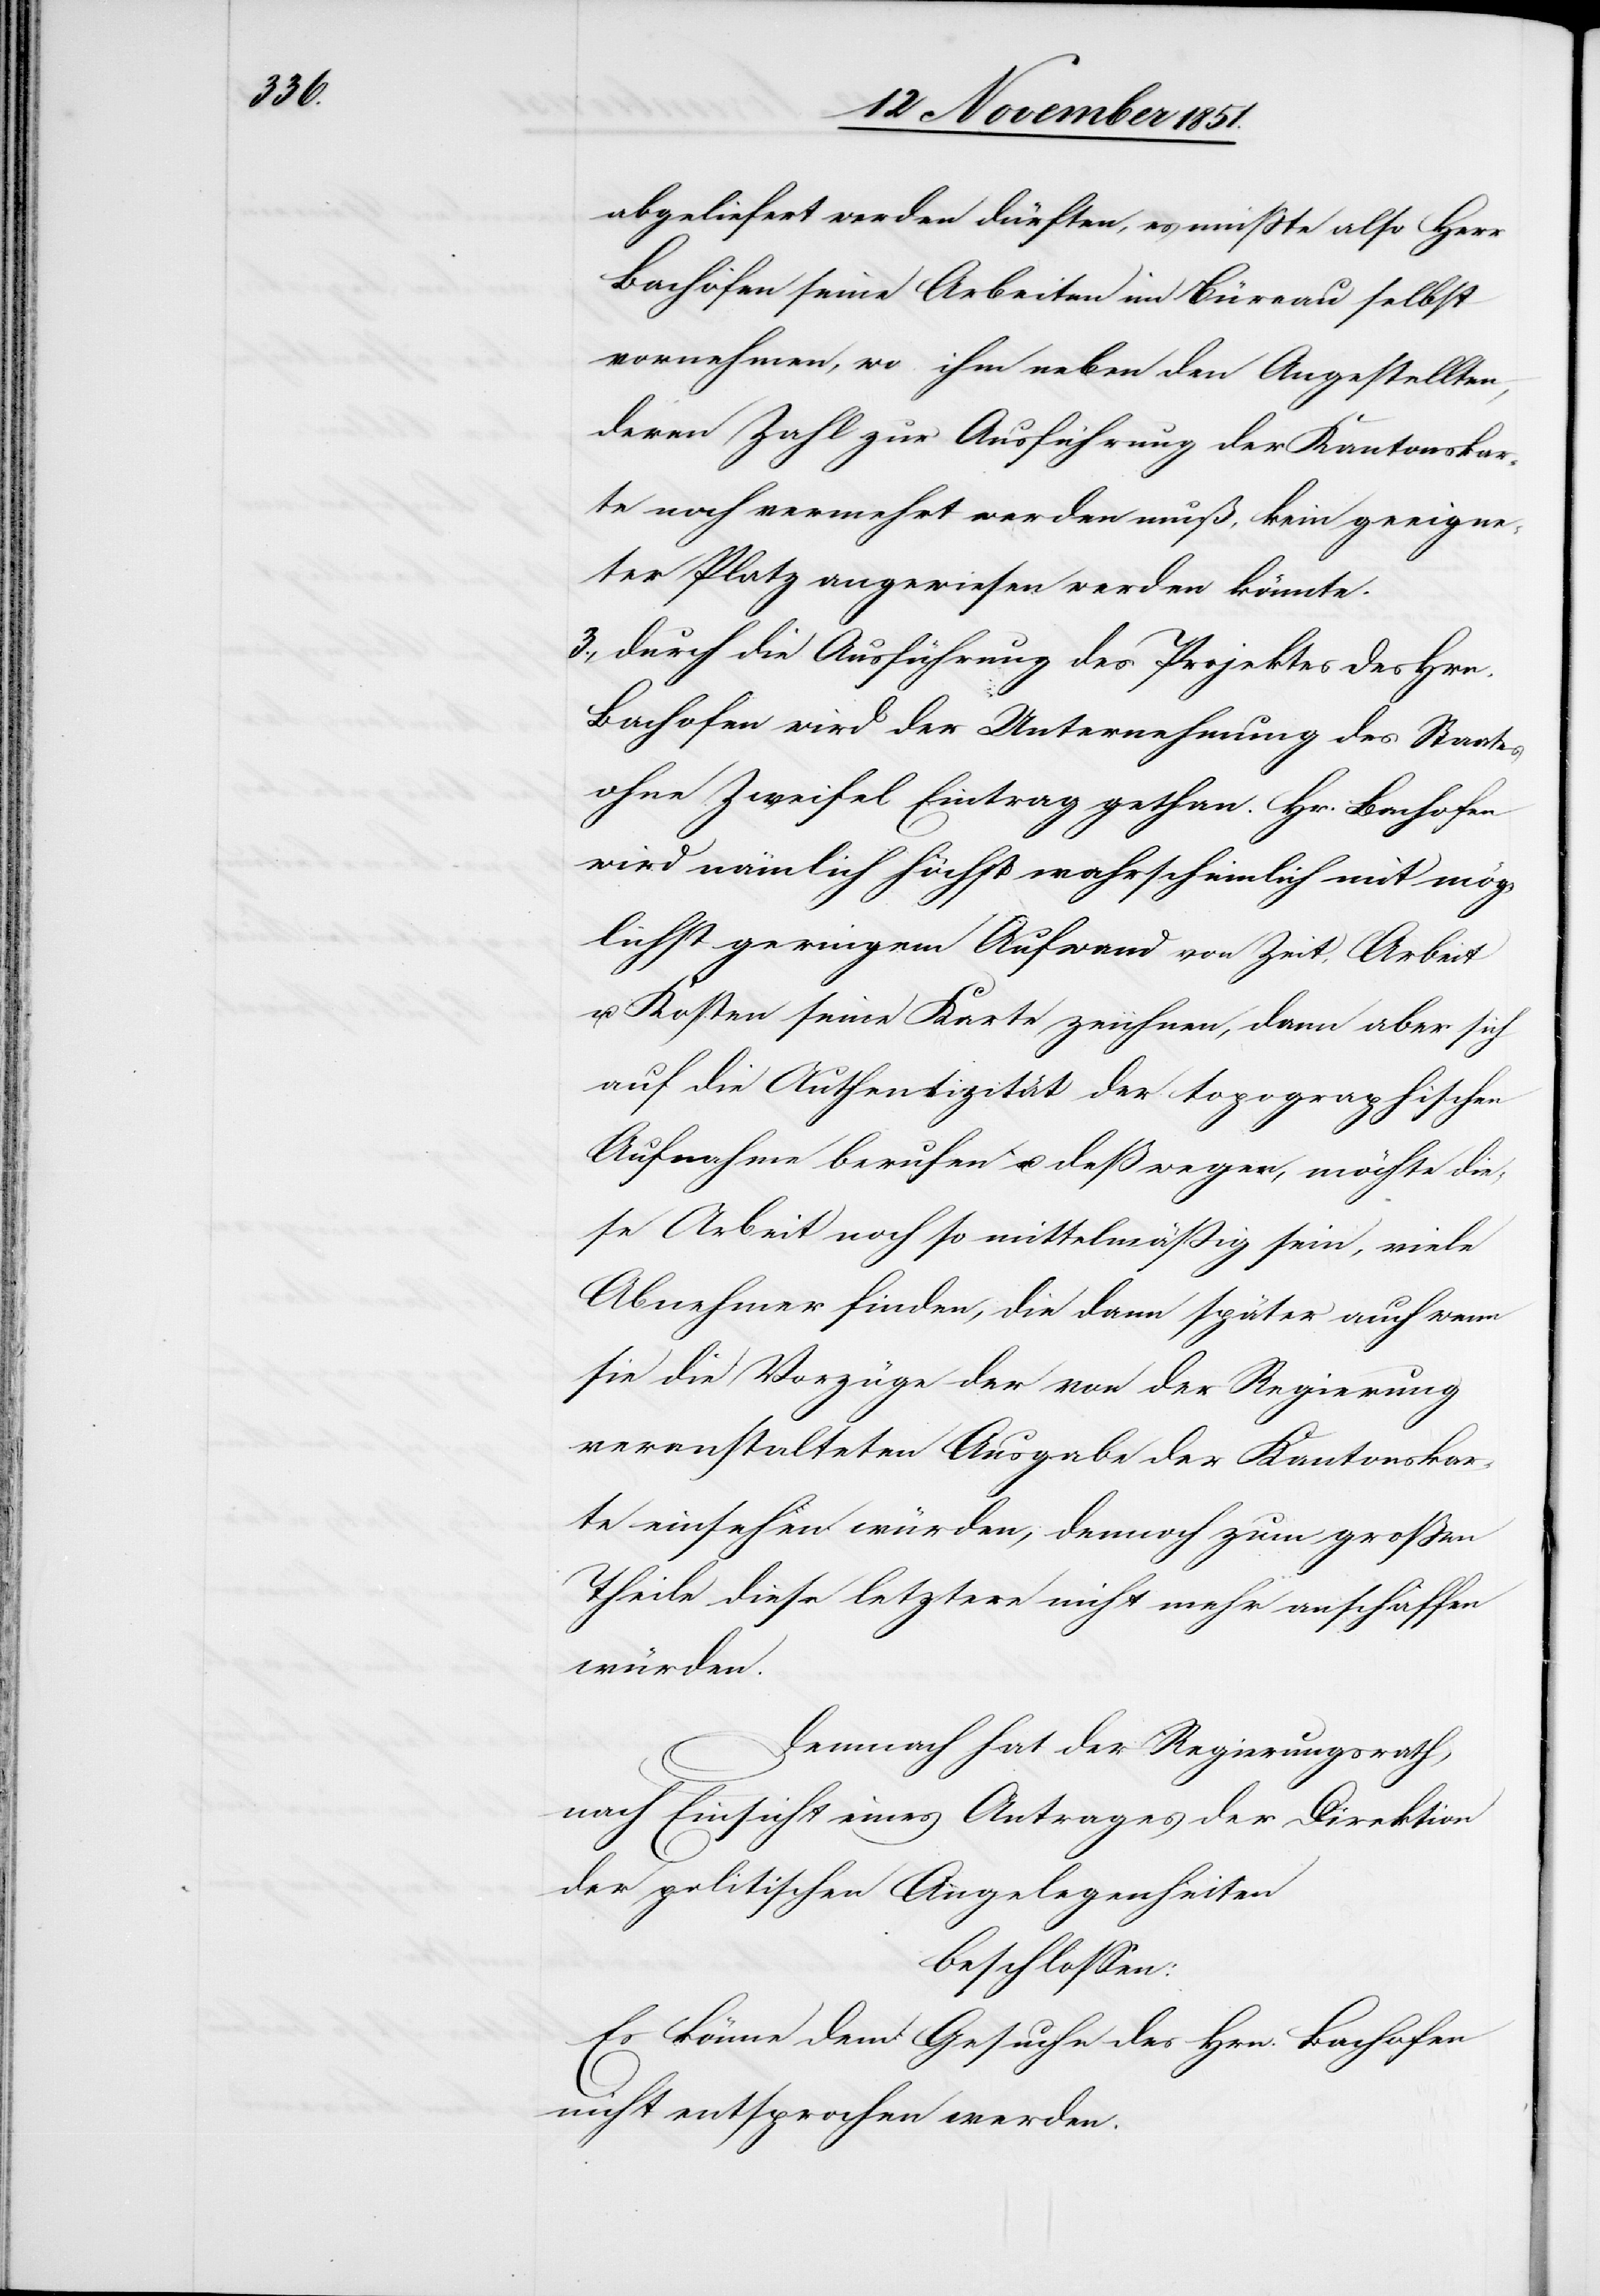
3.,

abgeliefert werden dürften, es müßte also Herr
Bachofen seine Arbeiten im Büreau selbst
vornehmen, wo ihm neben den Angestellten,
deren Zahl zur Ausführung der Kantonskar¬
te noch vermehrt werden muß, kein geeigne¬
ter Platz angewiesen werden könnte.
durch die Ausführung des Projektes des Hrn.
Bachofen wird der Unternehmung des Staates
ohne Zweifel Eintrag gethan. Hr. Bachofen
wird nämlich höchst wahrscheinlich mit mög¬
lichst geringem Aufwand von Zeit, Arbeit
u. Kosten seine Karte zeichnen, dann aber sich
auf die Authentizität der topographischen
Aufnahme berufen u. deßwegen, möchte die¬
se Arbeit noch so mittelmäßig sein, viele
Abnehmer finden, die dann später auch wenn
sie die Vorzüge der von der Regierung
veranstalteten Ausgabe der Kantonskar¬
te einsehen würden, dennoch zum großen
Theile diese letztere nicht mehr anschaffen
würden.
Demnach hat der Regierungsrath,
nach Einsicht eines Antrages der Direktion
der politischen Angelegenheiten
beschlossen:
Es könne dem Gesuche des Hrn. Bachofen
nicht entsprochen werden.